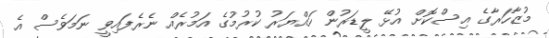
މުޒާހަރާގެ އިސްކޮށް އުޅޭ ލީޑަރުން ހައްޔަރު ކުރުމުގެ އަމުރެއް ނެރެފައިވީ ނަމަވެސް އެ